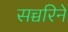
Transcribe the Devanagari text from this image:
सच्चरिने